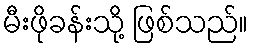
မီးဖိုခန်းသို့ ဖြစ်သည်။